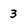
Character: 3